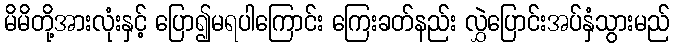
မိမိတို့အားလုံးနှင့် ပြော၍မရပါကြောင်း ကြေးခတ်နည်း လွှဲပြောင်းအပ်နှံသွားမည်